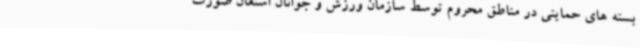
بسته های حمایتی در مناطق محروم توسط سازمان ورزش و جوانان استعان صورت